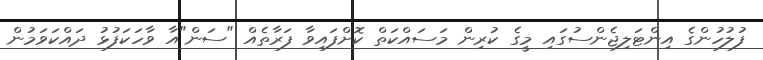
ފުލުހުންގެ އިންޓަލިޖެންސުގައި މީގެ ކުރިން މަސައްކަތް ކޮށްފައިވާ ފަރާތެއް "ސަން"އާ ވާހަކަފުޅު ދައްކަވަމުން